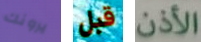
يرونك قبل الأذن